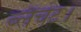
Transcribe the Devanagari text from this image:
ब्लैंचेट।